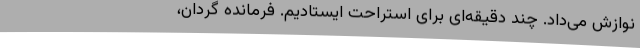
نوازش می‌داد. چند دقیقه‌ای برای استراحت ایستادیم. فرمانده گردان،